Indian journal of veterinary science and animal husbandry - Volume 13,
Year: 1943
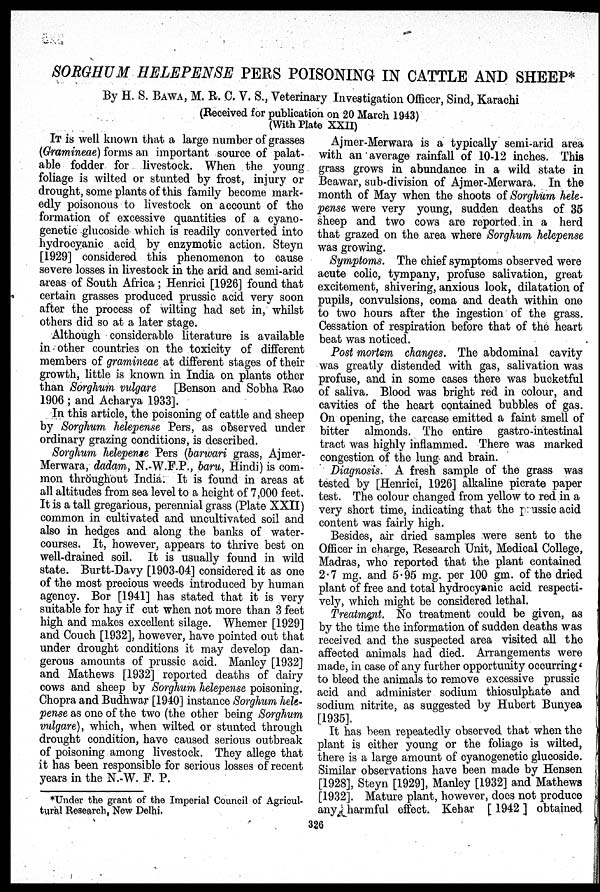
SORGHUM HELEPENSE PERS POISONING IN CATTLE AND SHEEP*
By H. S. BAWA, M. R. C. V. S., Veterinary Investigation Officer, Sind, Karachi
(Received for publication on 20 March 1943)
(With Plate XXII)
IT is well known that a large number of grasses
(Gramineae) forms an important source of palat-
able fodder for livestock. When the young
foliage is wilted or stunted by frost, injury or
drought, some plants of this family become mark-
edly poisonous to livestock on account of the
formation of excessive quantities of a cyano-
genetic glucoside which is readily converted into
hydrocyanic acid by enzymotic action. Steyn
[1929] considered this phenomenon to cause
severe losses in livestock in the arid and semi-arid
areas of South Africa ; Henrici [1926] found that
certain grasses produced prussic acid very soon
after the process of wilting had set in, whilst
others did so at a later stage.
Although considerable literature is available
in other countries on the toxicity of different
members of gramineae at different stages of their
growth, little is known in India on plants other
than Sorghum vulgare [Benson and Sobha Rao
1906; and Acharya 1933].
In this article, the poisoning of cattle and sheep
by Sorghum helepense Pers, as observed under
ordinary grazing conditions, is described.
Sorghum helepense Pers (barwari grass, Ajmer-
Merwara, dadam, N.-W.F.P., baru, Hindi) is com-
mon throughout India. It is found in areas at
all altitudes from sea level to a height of 7,000 feet.
It is a tall gregarious, perennial grass (Plate XXII)
common in cultivated and uncultivated soil and
also in hedges and along the banks of water-
courses. It, however, appears to thrive best on
well-drained soil. It is usually found in wild
state. Burtt-Davy [1903-04] considered it as one
of the most precious weeds introduced by human
agency. Bor [1941] has stated that it is very
suitable for hay if cut when not more than 3 feet
high and makes excellent silage. Whemer [1929]
and Couch [1932], however, have pointed out that
under drought conditions it may develop dan-
gerous amounts of prussic acid. Manley [1932]
and Mathews [1932] reported deaths of dairy
cows and sheep by Sorghum helepense poisoning.
Chopra and Budhwar [1940] instance Sorghum hele-
pense as one of the two (the other being Sorghum
vulgare), which, when wilted or stunted through
drought condition, have caused serious outbreak
of poisoning among livestock. They allege that
it has been responsible for serious losses of recent
years in the N. W. F. P.
Ajmer-Merwara is a typically semi-arid area
with an average rainfall of 10-12 inches. This
grass grows in abundance in a wild state in
Beawar, sub-division of Ajmer-Merwara. In the
month of May when the shoots of Sorghum hele-
pense were very young, sudden deaths of 35
sheep and two cows are reported in a herd
that grazed on the area where Sorghum helepense
was growing.
Symptoms. The chief symptoms observed were
acute colic, tympany, profuse salivation, great
excitement, shivering, anxious look, dilatation of
pupils, convulsions, coma and death within one
to two hours after the ingestion of the grass.
Cessation of respiration before that of the heart
beat was noticed.
Post mortem changes. The abdominal cavity
was greatly distended with gas, salivation was
profuse, and in some cases there was bucketful
of saliva. Blood was bright red in colour, and
cavities of the heart contained bubbles of gas.
On opening, the carcase emitted a faint smell of
bitter almonds. The entire gastro-intestinal
tract was highly inflammed. There was marked
congestion of the lung and brain.
Diagnosis. A fresh sample of the grass was
tested by [Henrici, 1926] alkaline picrate paper
test. The colour changed from yellow to red in a
very short time, indicating that the prussic acid
content was fairly high.
Besides, air dried samples were sent to the
Officer in charge, Research Unit, Medical College,
Madras, who reported that the plant contained
2.7 mg. and 5.95 mg. per 100 gm. of the dried
plant of free and total hydrocyanic acid respecti-
vely, which might be considered lethal.
Treatment. No treatment could be given, as
by the time the information of sudden deaths was
received and the suspected area visited all the
affected animals had died. Arrangements were
made, in case of any further opportunity occurring'
to bleed the animals to remove excessive prussic
acid and administer sodium thiosulphate and
sodium nitrite, as suggested by Hubert Bunyea
[1935].
It has been repeatedly observed that when the
plant is either young or the foliage is wilted,
there is a large amount of cyanogenetic glucoside.
Similar observations have been made by Hensen
[1928], Steyn [1929], Manley [1932] and Mathews
[1932]. Mature plant, however, does not produce
any harmful effect. Kehar [1942] obtained
*Under the grant of the Imperial Council of Agricul-
tural Research, New Delhi.
326